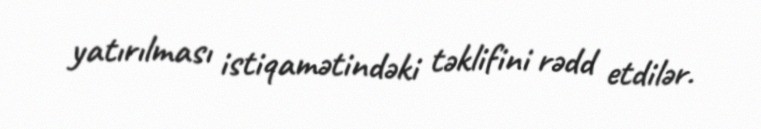
yatırılması istiqamətindəki təklifini rədd etdilər.